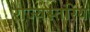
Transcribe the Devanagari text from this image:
राज्यस्तरिय